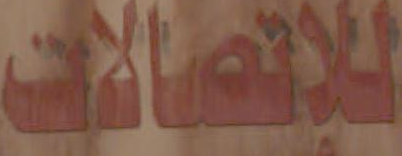
للإتصالات